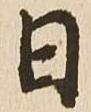
日